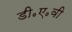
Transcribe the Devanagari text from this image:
डी॰ए॰वी